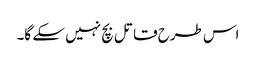
اس طرح قاتل بچ نہیں سکے گا۔